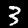
Label: 3